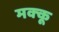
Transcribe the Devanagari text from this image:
मक्‍कू